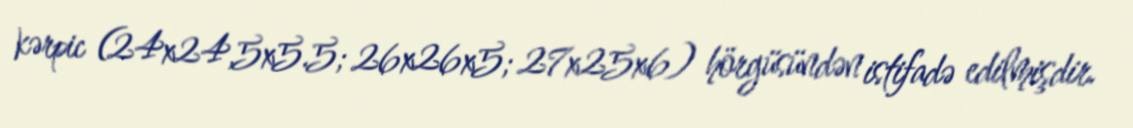
kərpic (24x24,5x5.5; 26x26x5; 27x25x6) hörgüsündən istifadə edilmişdir.